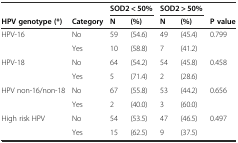
<table><thead><tr><td></td><td></td><td colspan="2"><b>SOD2 &lt; 50%</b></td><td colspan="2"><b>SOD2 &gt; 50%</b></td><td></td></tr><tr><td><b>HPV genotype (*)</b></td><td><b>Category</b></td><td><b>N</b></td><td><b>(%)</b></td><td><b>N</b></td><td><b>(%)</b></td><td><b>P value</b></td></tr></thead><tbody><tr><td>HPV-16</td><td>No</td><td>59</td><td>(54.6)</td><td>49</td><td>(45.4)</td><td>0.799</td></tr><tr><td></td><td>Yes</td><td>10</td><td>(58.8)</td><td>7</td><td>(41.2)</td><td></td></tr><tr><td>HPV-18</td><td>No</td><td>64</td><td>(54.2)</td><td>54</td><td>(45.8)</td><td>0.458</td></tr><tr><td></td><td>Yes</td><td>5</td><td>(71.4)</td><td>2</td><td>(28.6)</td><td></td></tr><tr><td>HPV non-16/non-18</td><td>No</td><td>67</td><td>(55.8)</td><td>53</td><td>(44.2)</td><td>0.656</td></tr><tr><td></td><td>Yes</td><td>2</td><td>(40.0)</td><td>3</td><td>(60.0)</td><td></td></tr><tr><td>High risk HPV</td><td>No</td><td>54</td><td>(53.5)</td><td>47</td><td>(46.5)</td><td>0.497</td></tr><tr><td></td><td>Yes</td><td>15</td><td>(62.5)</td><td>9</td><td>(37.5)</td><td></td></tr></tbody></table>